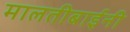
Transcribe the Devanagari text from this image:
मालतीबाईंनी